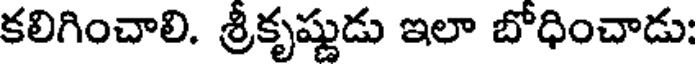
కలిగించాలి. శ్రీకృష్ణుడు ఇలా బోధించాడు: